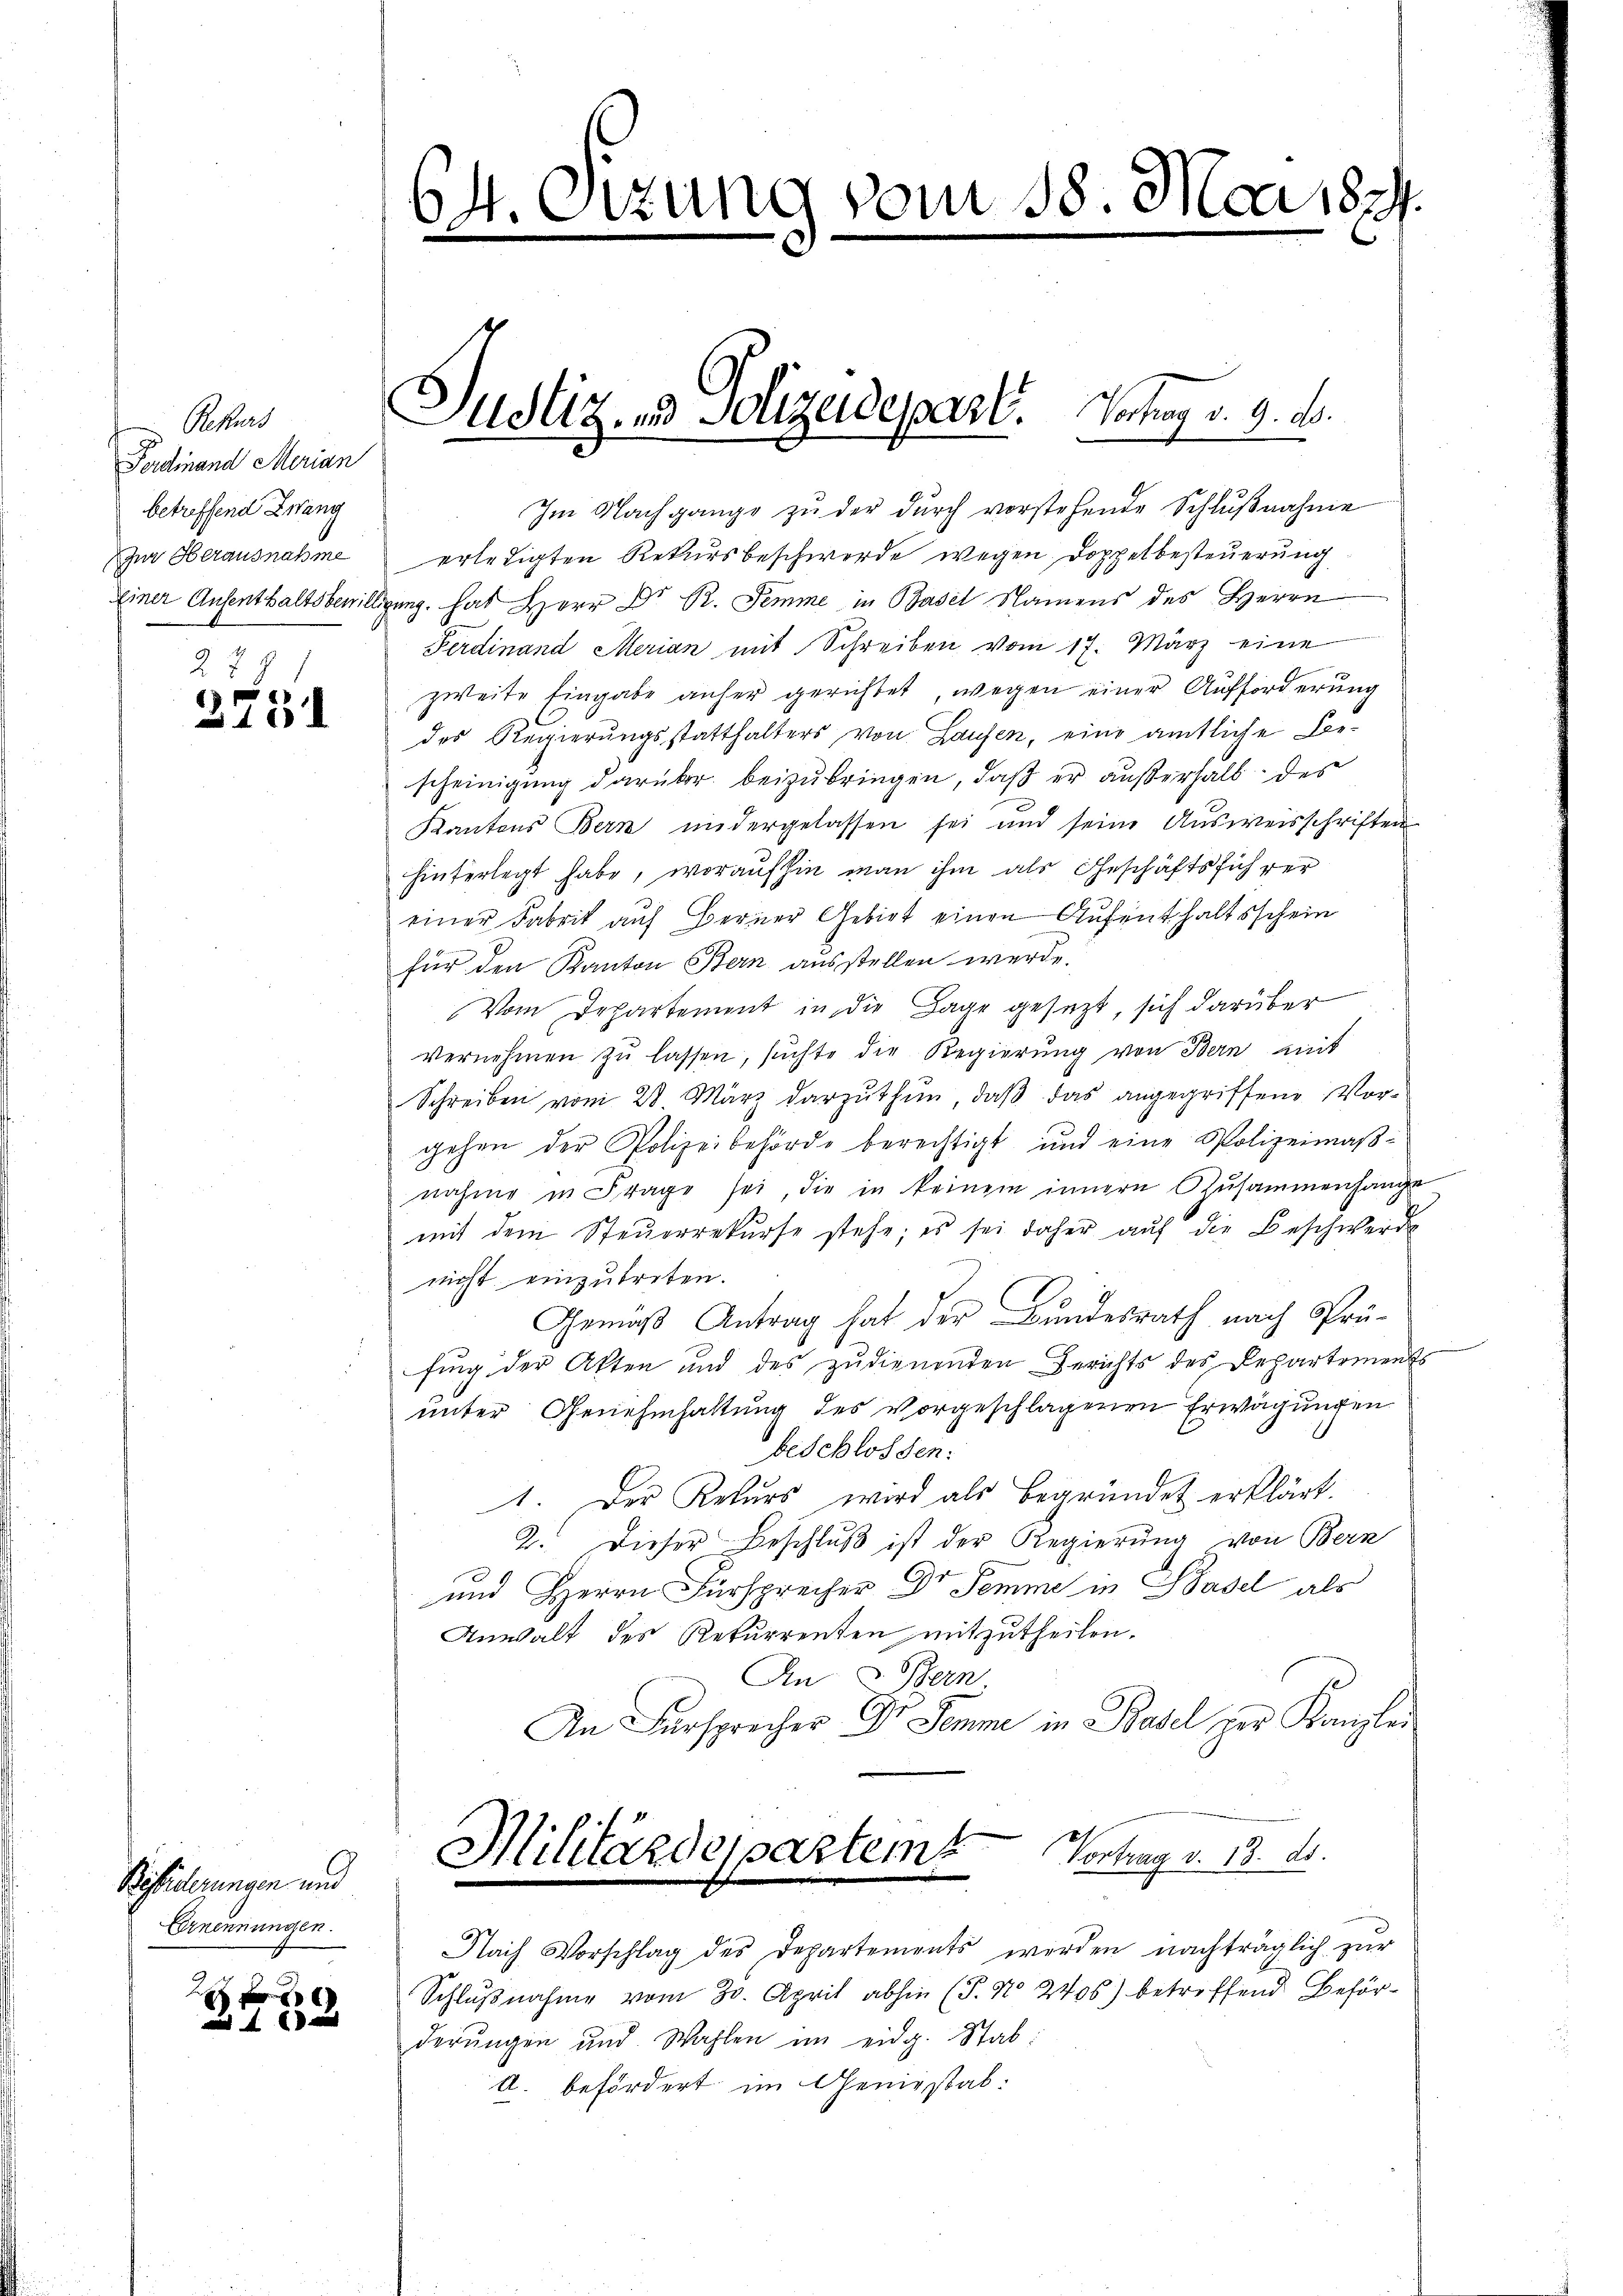
Rekurs
Ferdinand Merian
betreffend Zwang
22 8

318

Besiederungen und
Ernennungen.

Justiz- und Polizeidepart. Vortrag d. 9. d.

64.
e

Im Nachgange zu der durch vorstehende Schlŭβnahme
Zŭr Herausnahme erledigten Rekursbeschwerde wegen Doppelbesteŭerŭng
Einer Aufenthaltsbewilligung hat Herr Dr. R. Semme in Basel Namens des Herrn
Ferdinand Merian mit Schreiben vom 17. März eine
zweite Eingabe anher gerichtet, wegen einer Aufforderung
des Regierungsstatthalters von Laufen, eine amtliche Be-
scheinigung darüber beizubringen, daß er außerhalb des
Kantons Bern nidergelassen sei und seine Ausweisschriften
hinterlegt habe, woraufhin man ihm als Geschäftsführer
einer Fabrik auf Berner Gebiet einen Aufenthaltsschein
für den Kanton Bern ausstellen werde.
Vom Departement in die Tage gesezt, sich darüber
vernehmen zŭ lassen, suchte die Regierung von Bern mit
Schreiben vom 28 März darzuthun, daβ das angegriffend Vorgehen der Polizeibehörde berechtigt und eine Polizeimaβ-
nahme in Frage sei, die in keinem innern zusammenhange
mit dem Steŭerrekŭrse stehe; es sei daher aŭf die Beschwerde
nicht einzutreten.
Gemäß Antrag hat der Bundesrath nach Sprüfing der Akten und des zudienenden Gerichts des Departements
unter Genehmhaltung des vorgeschlagenen Erwägungen
beschlossen:
1. Der Rekurs wird als begründet erklärt.
2. Dieser Beschlŭβ ist der Regierung von Bern
und Herrn Fürsprecher Dr. Semme in Basel als
Anwalt des Rekurrenten mitzutheilen.
An 3. Bern
An Fürsprecher Dr. Semme in Basel zur Kanzlei
Militärdepartemt
Vortrag v. 18. ds.
Nach Vorschlag des Departements werden nachträglich zŭr
Schlußnahme vom 30. April abhin (T. No 2405) betreffend Beförderŭngen und Wahlen im eidg. Stab:
II. befördert im Genießab:

izung vom 18. Mai 1879.